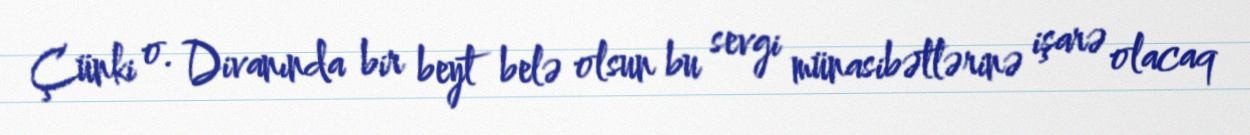
Çünki o. Divanında bir beyt belə olsun bu sevgi münasibətlərinə işarə olacaq